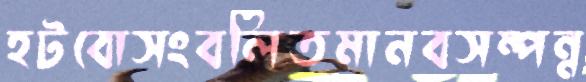
হটবোসংবলিতমানবসম্পন্ন